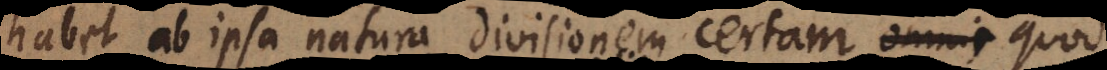
habet ab ipsa natura divisionem certam, quo